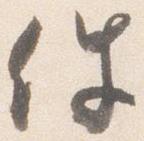
件